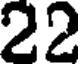
22